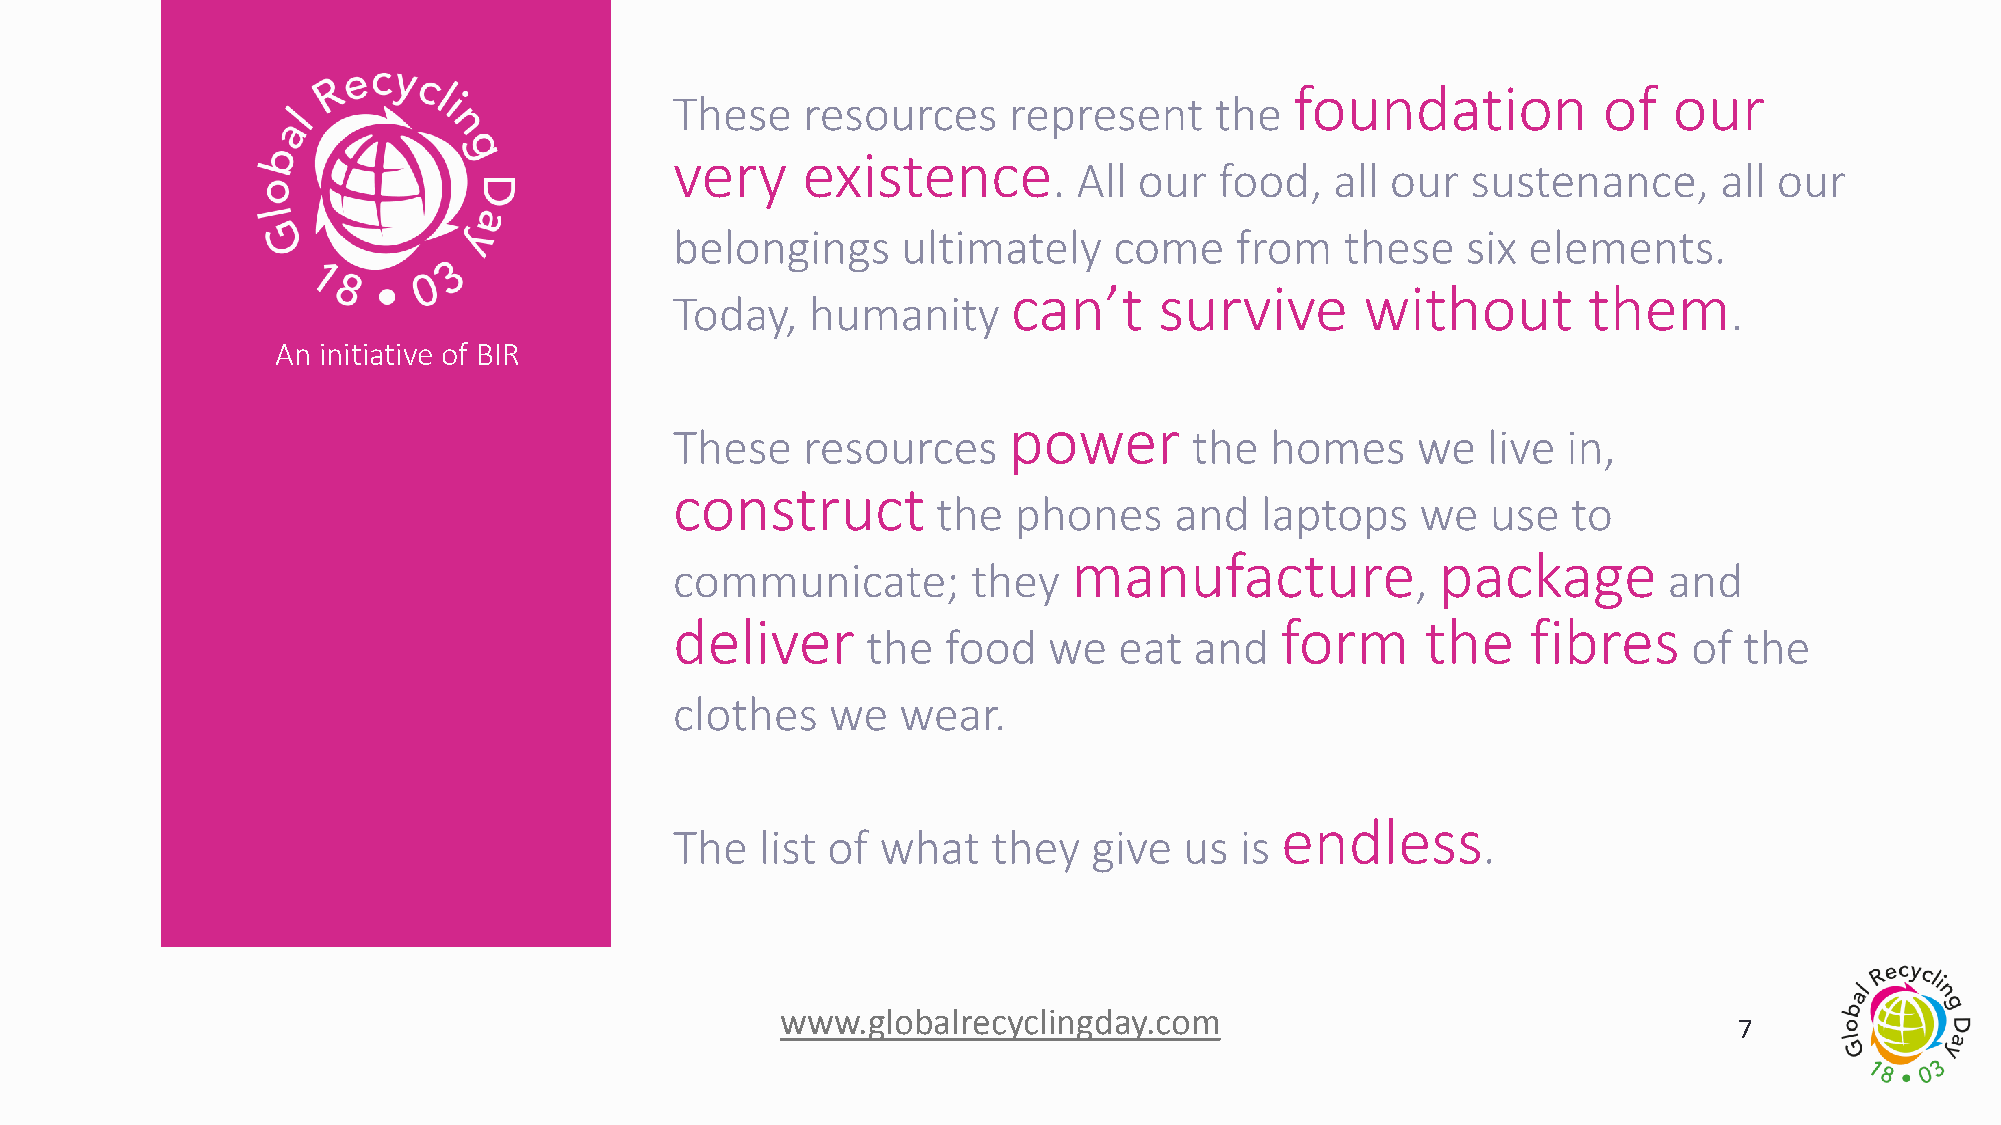
foundation          of   our
 These   resources     represent    the
 very    existence
 . All our  food,  all our  sustenance,      all our
 belongings     ultimately    come    from   these   six elements.
 can’t     survive      without        them
 Today,   humanity                                                     .
 An initiative of BIR
 power
 These   resources                 the  homes     we  live  in,
 construct
 the  phones     and  laptops    we   use  to
 manufacture             package
 communicate;       they                          ,               and
 deliver                                 form     the    fibres
 the   food  we   eat  and                              of the
 clothes   we   wear.
 endless
 The  list of what    they  give  us  is              .
 www.globalrecyclingday.com
 7